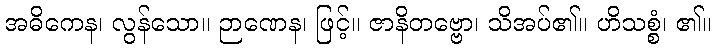
အဓိကေန၊ လွန်သော။ ဉာဏေန၊ ဖြင့်။ ဇာနိတဗ္ဗော၊ သိအပ်၏။ ဟိသစ္စံ၊ ၏။